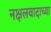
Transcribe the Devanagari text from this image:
नक्षलवादाच्या